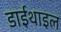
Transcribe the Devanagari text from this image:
डाईथाइल